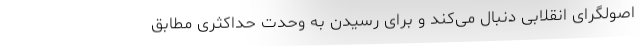
اصولگرای انقلابی دنبال می‌کند و برای رسیدن به وحدت حداکثری مطابق